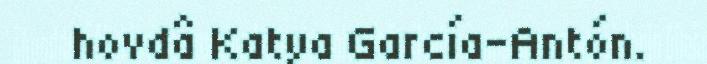
hovdâ Katya García-Antón.